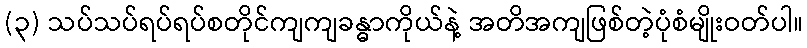
(၃) သပ်သပ်ရပ်ရပ်စတိုင်ကျကျခန္ဓာကိုယ်နဲ့ အတိအကျဖြစ်တဲ့ပုံစံမျိုးဝတ်ပါ။